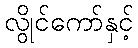
လွိုင်ကော်နှင့်